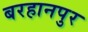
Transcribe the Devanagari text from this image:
बरहानपुर